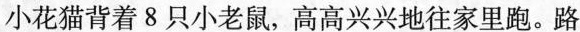
小花猫背着8只小老鼠，高高兴兴地往家里跑。路